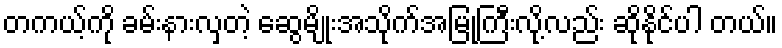
တကယ့်ကို ခမ်းနားလှတဲ့ ဆွေမျိုးအသိုက်အမြုံကြီးလို့လည်း ဆိုနိုင်ပါ တယ်။